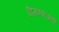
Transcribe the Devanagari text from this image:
दिसण्याआधी